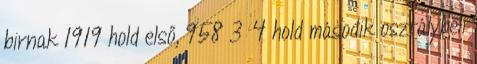
birnak 1919 hold első, 958 3 4 hold második osztálybeli